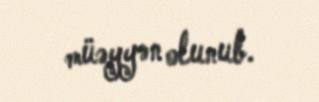
müəyyən olunub.